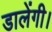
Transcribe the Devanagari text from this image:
डालेंगी।